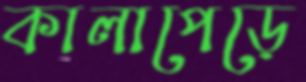
কালাপেড়ে